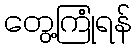
တွေ့ကြုံရန်